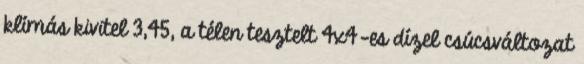
klímás kivitel 3,45, a télen tesztelt 4x4-es dízel csúcsváltozat